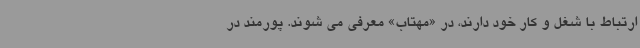
ارتباط با شغل و کار خود دارند، در «مهتاب» معرفی می شوند. پورمند در